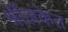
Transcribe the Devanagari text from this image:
श्रींलंकेत